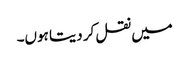
میں نقل کر دیتا ہوں۔